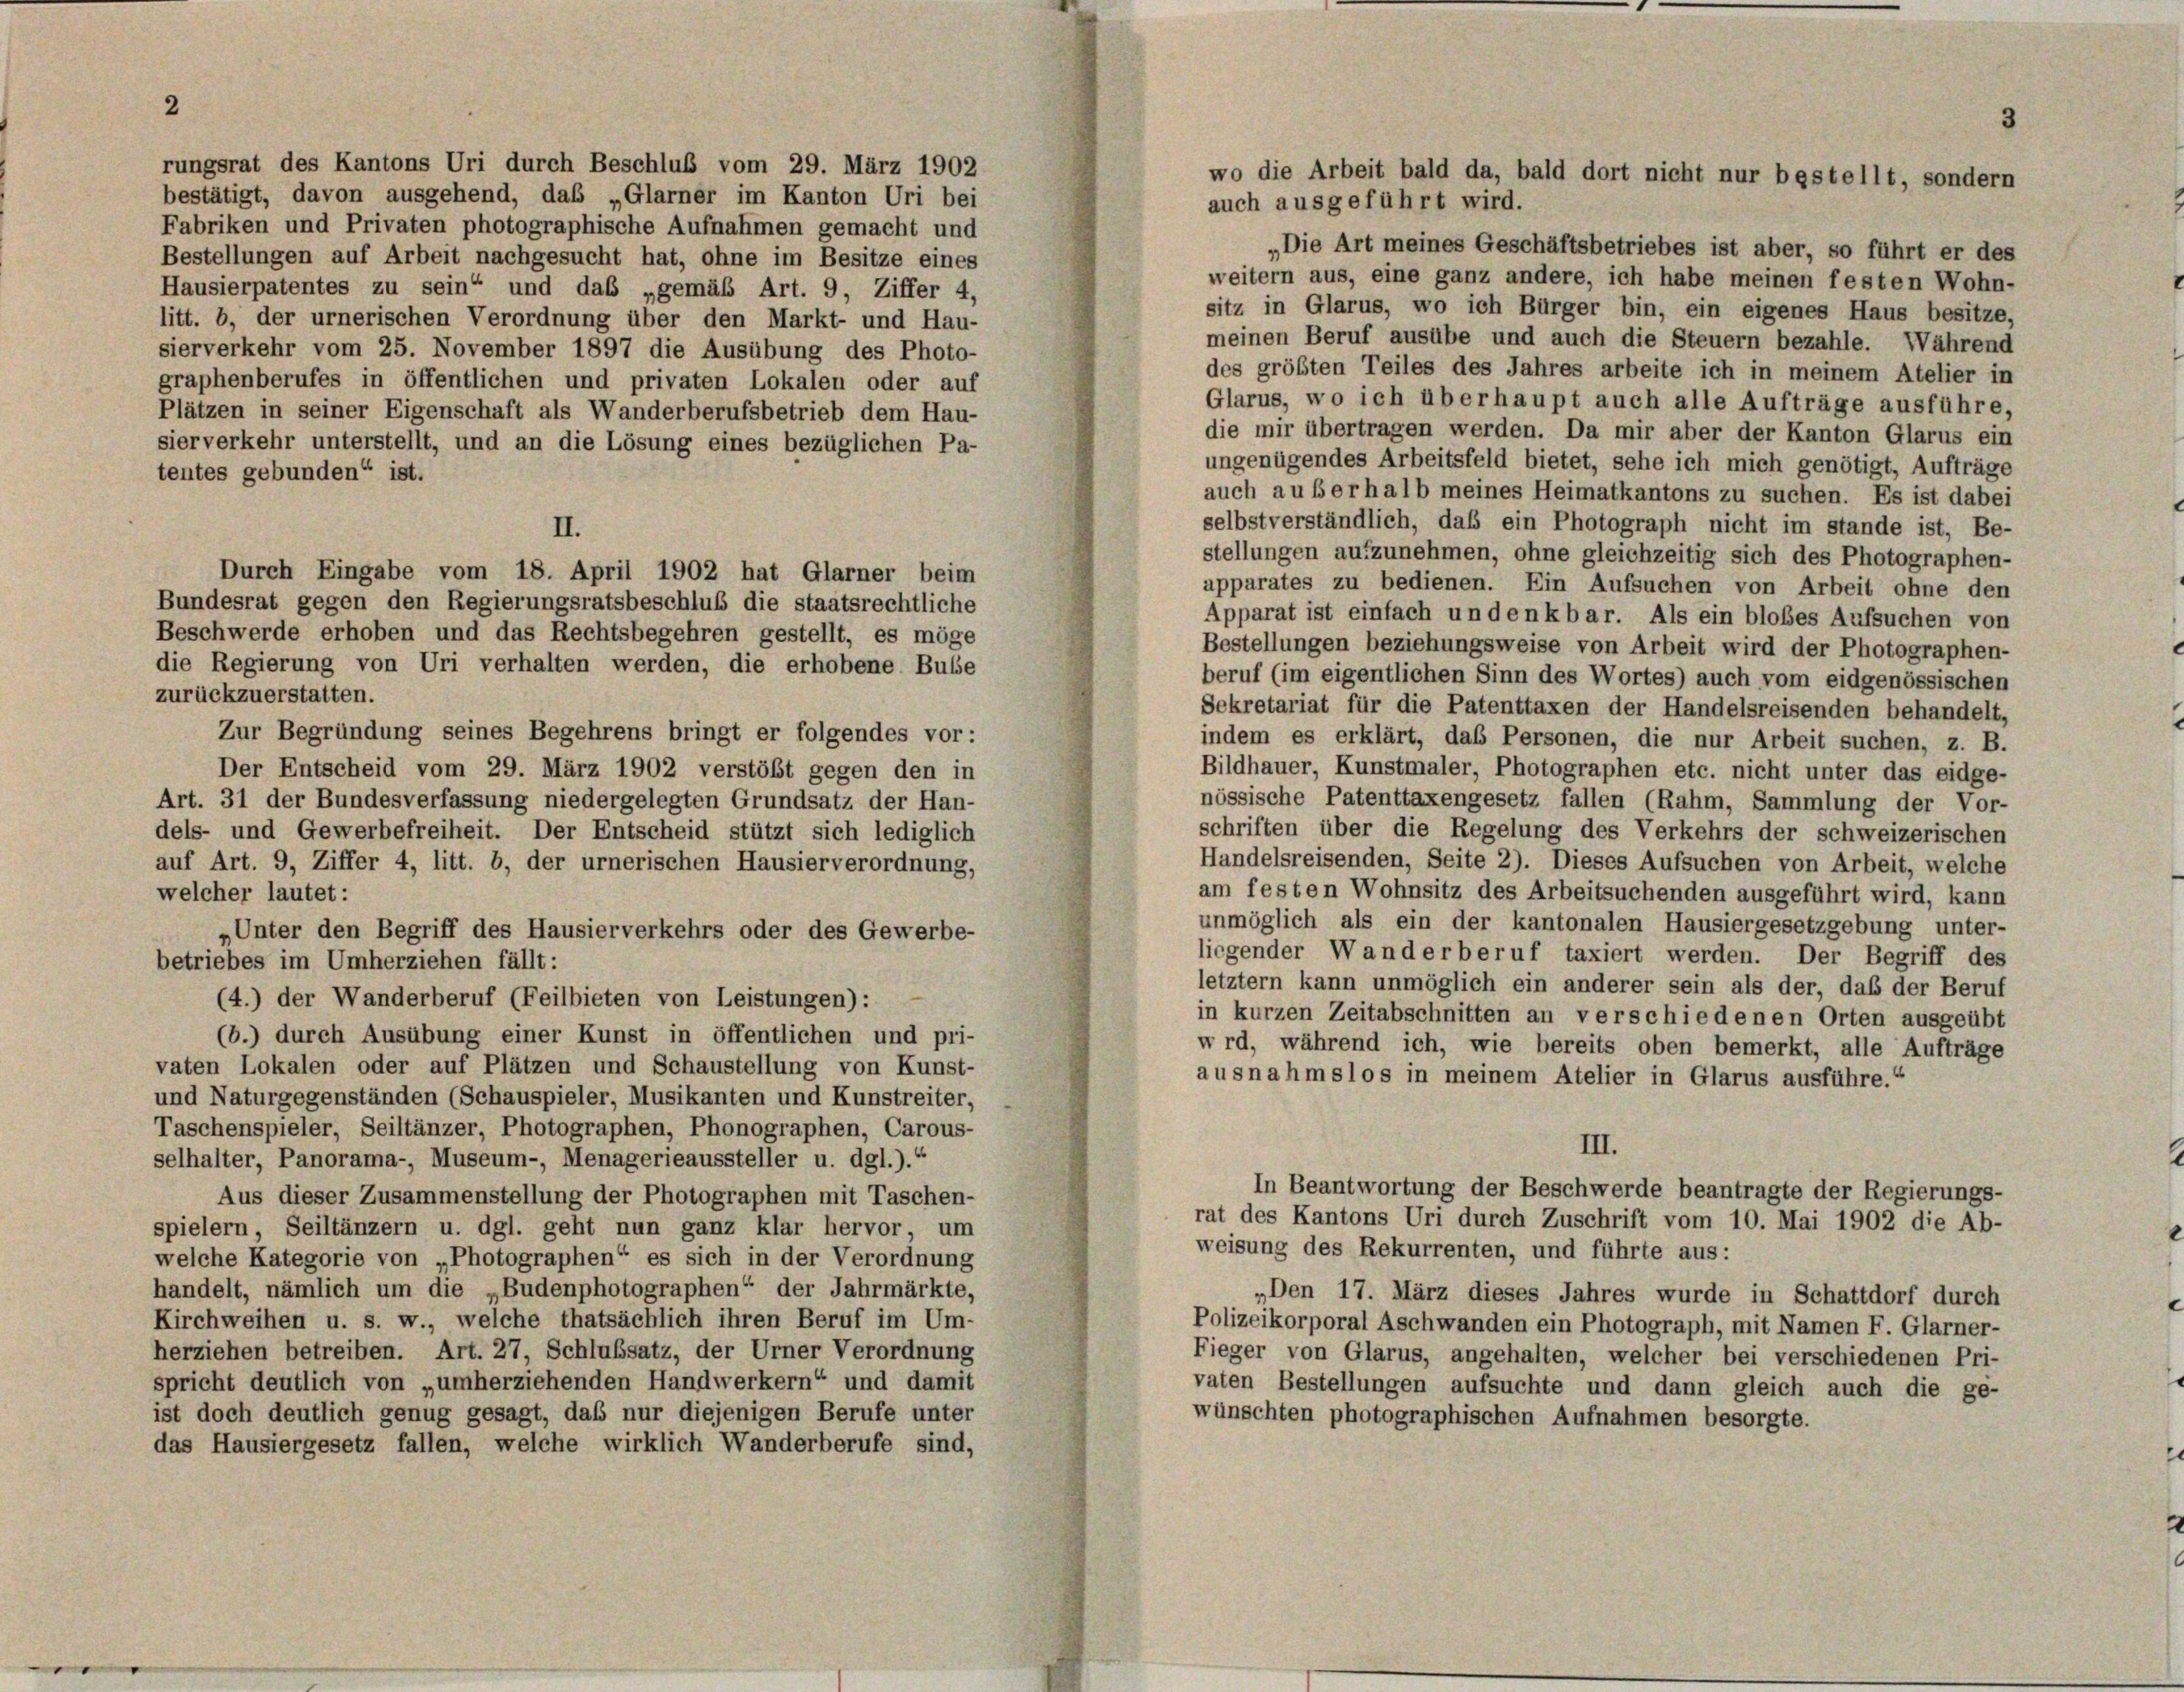
2
rungsrat des Kantons Uri durch Beschluß vom 29. März 1902
bestätigt, davon ausgehend, das „Glarner im Kanton Uri bei
Fabriken und Privaten photographische Aufnahmen gemacht und
„Die Art meines Geschäftsbetriebes ist aber, so führt er des
Bestellungen auf Arbeit nachgesucht hat, ohne im Besitze eines
weitern aus, eine ganz andere, ich habe meinen festen Wohn-
Hausierpatentes zu sein“ und das „gemäß Art. 9, Ziffer 4,
sitz in Glarus, wo ich Bürger bin, ein eigenes Haus besitze,
litt. b, der urnerischen Verordnung über den Markt- und Hau-
meinen Beruf ausübe und auch die Steuern bezahle. Während
sierverkehr vom 25. November 1897 die Ausübung des Photo-
des größten Teiles des Jahres arbeite ich in meinem Atelier in
graphenberufes in öffentlichen und privaten Lokalen oder auf
Glarus, wo ich überhaupt auch alle Aufträge ausführe,
Plätzen in seiner Eigenschaft als Wanderberufsbetrieb dem Hau-
die mir übertragen werden. Da mir aber der Kanton Glarus ein
sier verkehr unterstellt, und an die Lösung eines bezüglichen Pa-
ungenügendes Arbeitsfeld bietet, sehe ich mich genötigt, Aufträge
tentes gebunden“ ist.
auch außerhalb meines Heimatkantons zu suchen. Es ist dabei
selbstverständlich, daß ein Photograph nicht im stande ist, Be-
II.
stellungen aufzunehmen, ohne gleichzeitig sich des Photographen-
Durch Eingabe vom 18. April 1902 hat Glarner beim
apparates zu bedienen. Ein Aufsuchen von Arbeit ohne den
Bundesrat gegen den Regierungsratsbeschluß die staatsrechtliche
Apparat ist einfach un denkbar. Als ein bloßes Aufsuchen von
Beschwerde erhoben und das Rechtsbegehren gestellt, es möge
Bestellungen beziehungsweise von Arbeit wird der Photographen-
die Regierung von Uri verhalten werden, die erhobene Busse
beruf (im eigentlichen Sinn des Wortes) auch vom eidgenössischen
zurückzuerstatten.
Sekretariat für die Patenttaxen der Handelsreisenden behandelt,
Zur Begründung seines Begehrens bringt er folgendes vor:
indem es erklärt, das Personen, die nur Arbeit suchen, z. B.
Bildhauer, Kunstmaler, Photographen etc. nicht unter das eidge-
Der Entscheid vom 29. März 1902 verstößt gegen den in
nössische Patenttaxengesetz fallen (Rahm, Sammlung der Vor-
Art. 31 der Bundesverfassung niedergelegten Grundsatz der Han-
schriften über die Regelung des Verkehrs der schweizerischen
dels- und Gewerbefreiheit. Der Entscheid stützt sich lediglich
Handelsreisenden, Seite 2). Dieses Aufsuchen von Arbeit, welche
auf Art. 9, Ziffer 4, litt. b, der urnerischen Hausierverordnung,
am festen Wohnsitz des Arbeitsuchenden ausgeführt wird, kann
welcher lautet:
unmöglich als ein der kantonalen Hausiergesetzgebung unter-
„Unter den Begriff des Hausierverkehrs oder des Gewerbe-
liegender Wanderberuf taxiert werden. Der Begriff des
betriebes im Umherziehen fällt:
letztem kann unmöglich ein anderer sein als der, daß der Beruf
(4.) der Wanderberuf (Feilbieten von Leistungen):
in kurzen Zeitabschnitten an verschiedenen Orten ausgeübt
(b.) durch Ausübung einer Kunst in öffentlichen und pri-
wrd, während ich, wie bereits oben bemerkt, alle Aufträge
vaten Lokalen oder auf Plätzen und Schaustellung von Kunst-
ausnahmslos in meinem Atelier in Glarus ausführe.“
und Naturgegenständen (Schauspieler, Musikanten und Kunstreiter,
Taschenspieler, Seiltänzer, Photographen, Phonographen, Carous-
III.
selhalter, Panorama-, Museum-, Menagerieaussteller u. dgl.).“
In Beantwortung der Beschwerde beantragte der Regierungs-
Aus dieser Zusammenstellung der Photographen mit Taschen-
rat des Kantons Uri durch Zuschrift vom 10. Mai 1902 die Ab-
spielern, Seiltänzern u. dgl. geht nun ganz klar hervor, um
weisung des Rekurrenten, und führte aus:
welche Kategorie von „Photographen“ es sich in der Verordnung
handelt, nämlich um die „Budenphotographen“ der Jahrmärkte,
„Den 17. März dieses Jahres wurde in Schattdorf durch
Kirchweihen u. s. w., welche thatsächlich ihren Beruf im Um-
Polizeikorporal Aschwanden ein Photograph, mit Namen F. Glarner-
herziehen betreiben. Art. 27, Schlußsatz, der Urner Verordnung
Fieger von Glarus, angehalten, welcher bei verschiedenen Pri-
spricht deutlich von „umherziehenden Handwerkern“ und damit
vaten Bestellungen aufsuchte und dann gleich auch die ge-
ist doch deutlich genug gesagt, daß nur diejenigen Berufe unter
wünschten photographischen Aufnahmen besorgte.
das Hausiergesetz fallen, welche wirklich Wanderberufe sind,

wo die Arbeit bald da, bald dort nicht nur bestellt, sondern
auch ausgeführt wird.